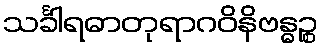
သင်္ခါရဓာတုရာဂဝိနိဗန္ဓဉ္စ